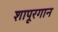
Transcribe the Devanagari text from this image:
शापूरगान